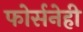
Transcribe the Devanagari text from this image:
फोर्सनेही